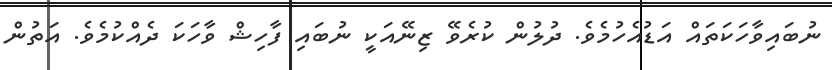
ނުބައިވާހަކަތައް އަޑުއެހުމެވެ. ދުލުން ކުރެވޭ ޒިނޭއަކީ ނުބައި ފާހިޝް ވާހަކަ ދެއްކުމެވެ. އަތުން